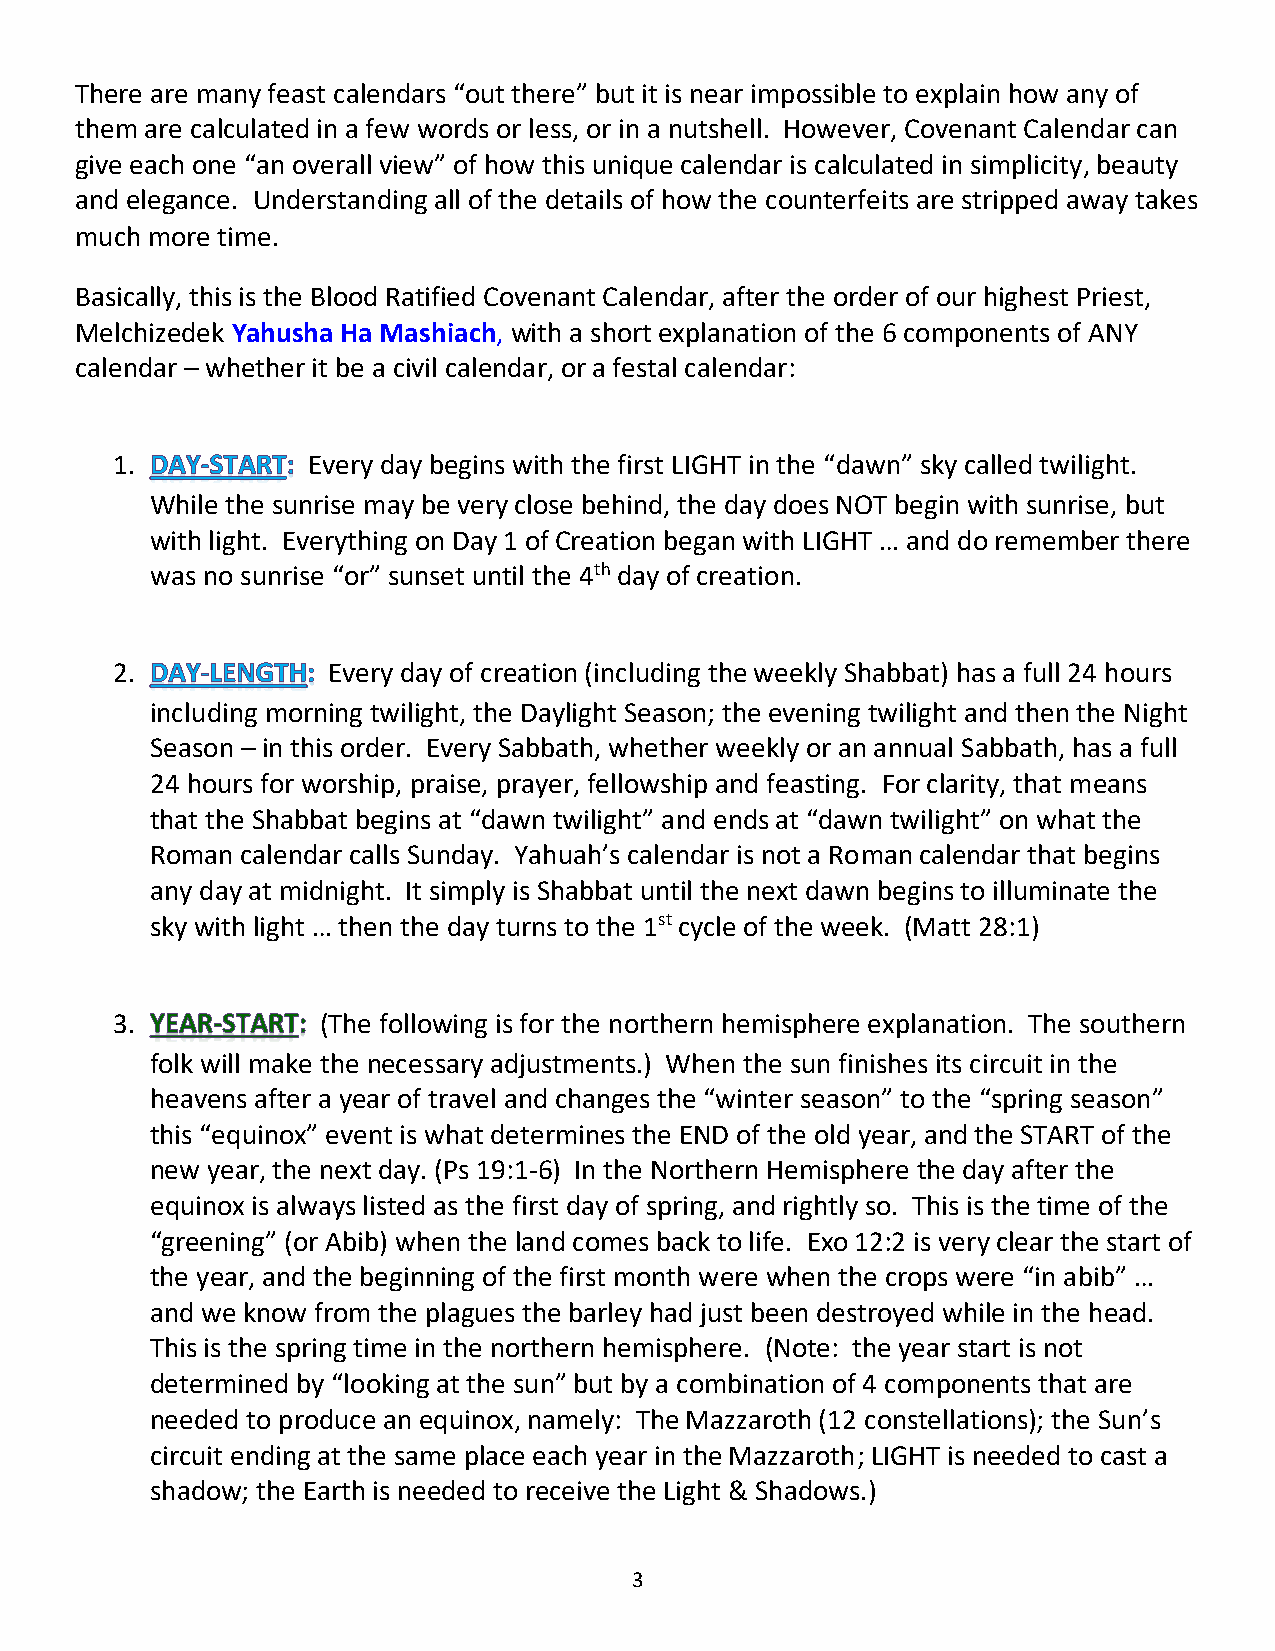
There are many feast calendars “out there” but it is near impossible to explain how any of
 them are calculated in a few words or less, or in a nutshell. However, Covenant Calendar can
 give each one “an overall view” of how this unique calendar is calculated in simplicity, beauty
 and elegance. Understanding all of the details of how the counterfeits are stripped away takes
 much more time.
 Basically, this is the Blood Ratified Covenant Calendar, after the order of our highest Priest,
 Melchizedek Yahusha Ha Mashiach, with a short explanation of the 6 components of ANY
 calendar – whether it be a civil calendar, or a festal calendar:
 1.           Every day begins with the first LIGHT in the “dawn” sky called twilight.
 While the sunrise may be very close behind, the day does NOT begin with sunrise, but
 with light. Everything on Day 1 of Creation began with LIGHT … and do remember there
 was no sunrise “or” sunset until the 4th day of creation.
 2.             Every day of creation (including the weekly Shabbat) has a full 24 hours
 including morning twilight, the Daylight Season; the evening twilight and then the Night
 Season – in this order. Every Sabbath, whether weekly or an annual Sabbath, has a full
 24 hours for worship, praise, prayer, fellowship and feasting. For clarity, that means
 that the Shabbat begins at “dawn twilight” and ends at “dawn twilight” on what the
 Roman calendar calls Sunday. Yahuah’s calendar is not a Roman calendar that begins
 any day at midnight. It simply is Shabbat until the next dawn begins to illuminate the
 sky with light … then the day turns to the 1st cycle of the week. (Matt 28:1)
 3.            (The following is for the northern hemisphere explanation. The southern
 folk will make the necessary adjustments.) When the sun finishes its circuit in the
 heavens after a year of travel and changes the “winter season” to the “spring season”
 this “equinox” event is what determines the END of the old year, and the START of the
 new year, the next day. (Ps 19:1-6) In the Northern Hemisphere the day after the
 equinox is always listed as the first day of spring, and rightly so. This is the time of the
 “greening” (or Abib) when the land comes back to life. Exo 12:2 is very clear the start of
 the year, and the beginning of the first month were when the crops were “in abib” …
 and we know from the plagues the barley had just been destroyed while in the head.
 This is the spring time in the northern hemisphere. (Note: the year start is not
 determined by “looking at the sun” but by a combination of 4 components that are
 needed to produce an equinox, namely: The Mazzaroth (12 constellations); the Sun’s
 circuit ending at the same place each year in the Mazzaroth; LIGHT is needed to cast a
 shadow; the Earth is needed to receive the Light & Shadows.)
 3